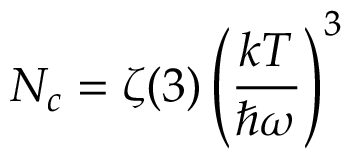
N _ { c } = \zeta ( 3 ) \left( { \frac { k T } { \hbar \omega } } \right) ^ { 3 }